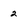
Character: 2